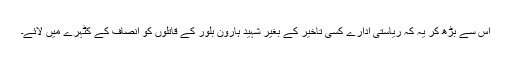
اس سے بڑھ کر یہ کہ ریاستی ادارے کسی تاخیر کے بغیر شہید ہارون بلور کے قاتلوں کو انصاف کے کٹہرے میں لائے۔